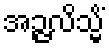
အဉ္ဇလိသ္မိံ